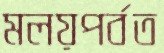
মলয়পর্বত